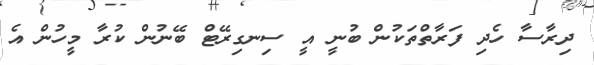
ދިރާސާ ހެދި ފަރާތްތަކުން ބުނީ އީ ސިނގިރޭޓް ބޭނުން ކުރާ މީހުން އެ